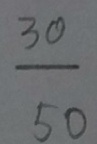
\frac { 3 0 } { 5 0 }